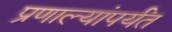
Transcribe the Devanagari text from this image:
प्रणाल्यांपर्यंत